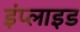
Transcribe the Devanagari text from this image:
इंप्लाइड